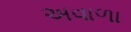
અવાળા